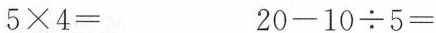
5×4= 20-10÷5=